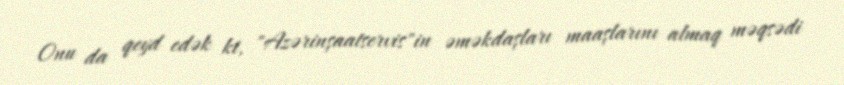
Onu da qeyd edək ki, "Azərinşaatservis"in əməkdaşları maaşlarını almaq məqsədi